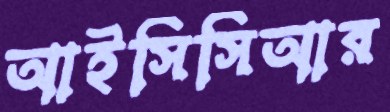
আইসিসিআর